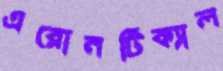
এরোনটিক্যাল